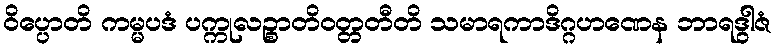
ဝိပ္ပောတိ ကမ္မပဒံ ပက္ကုလဉ္စာတိဝတ္တတီတိ သမာရကာဒိဂ္ဂဟဏေန ဘာရဒွါဇံ